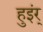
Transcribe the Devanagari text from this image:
हुइंर्